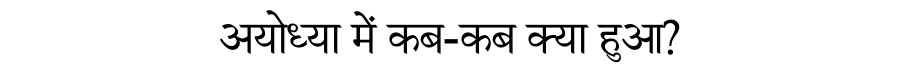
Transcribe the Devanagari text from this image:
अयोध्या में कब-कब क्या हुआ?